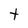
Character: t